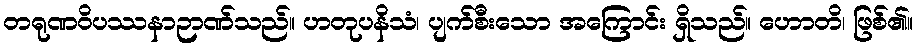
တရုဏဝိပဿနာဉာဏ်သည်။ ဟတုပနိသံ၊ ပျက်စီးသော အကြောင်း ရှိသည်။ ဟောတိ၊ ဖြစ်၏။